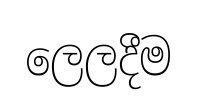
ලෙලදීම